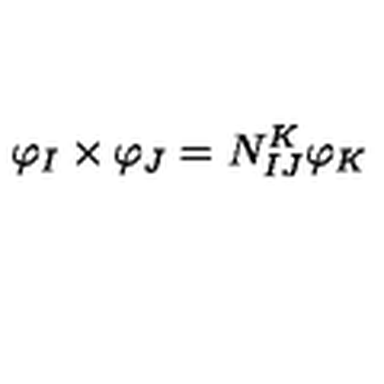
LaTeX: { \varphi } _ { I } \times { \varphi } _ { J } = N _ { I J } ^ { K } { \varphi } _ { K }